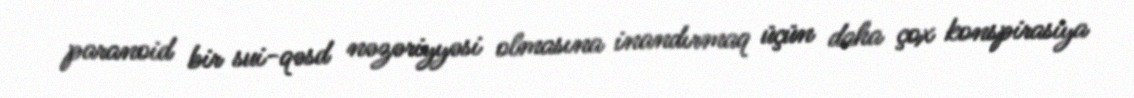
paranoid bir sui-qəsd nəzəriyyəsi olmasına inandırmaq üçün daha çox konspirasiya